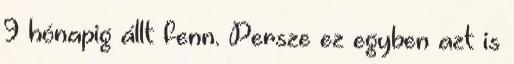
9 hónapig állt fenn. Persze ez egyben azt is